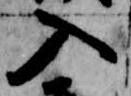
入